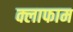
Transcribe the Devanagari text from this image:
क्लाफाम